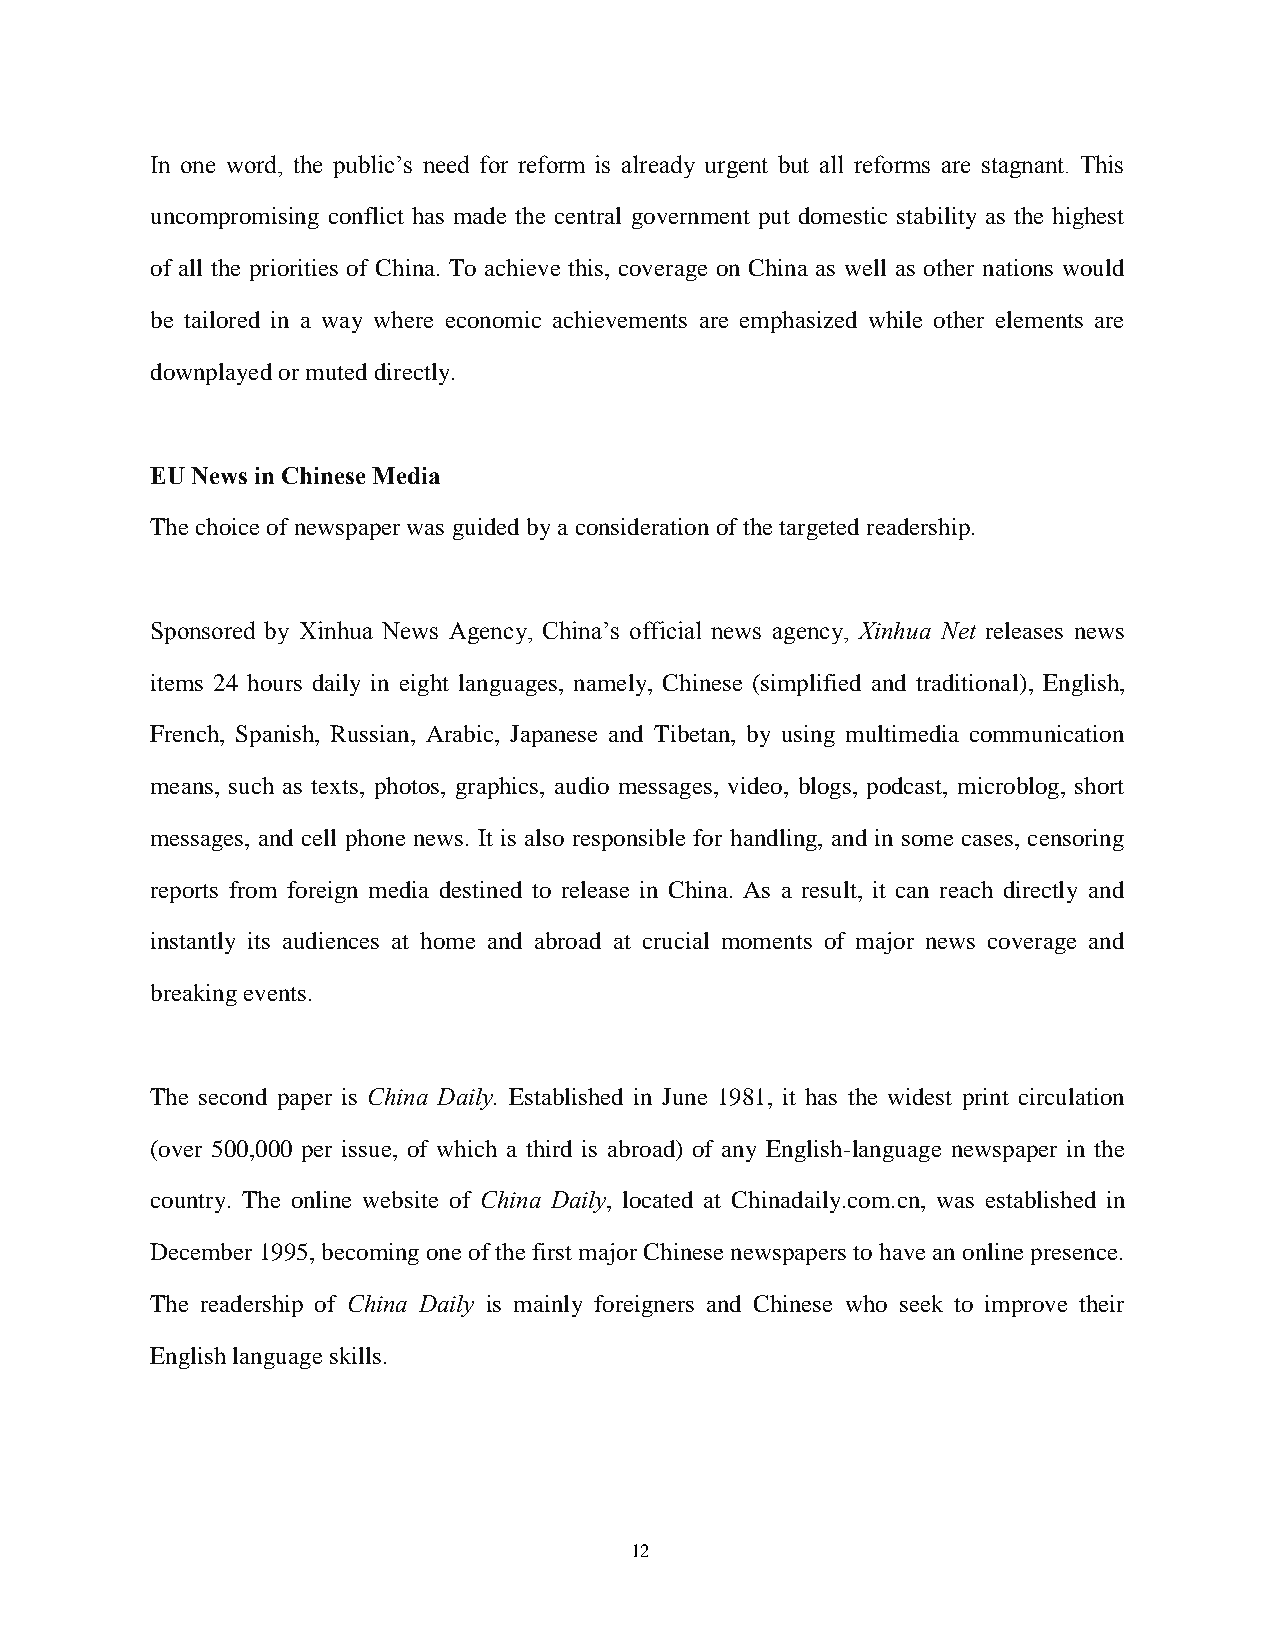
In one word, the public’s need for reform is already urgent but all reforms are stagnant. This
 uncompromising conflict has made the central government put domestic stability as the highest
 of all the priorities of China. To achieve this, coverage on China as well as other nations would
 be tailored in a way where economic achievements are emphasized while other elements are
 downplayed or muted directly.
 EU News in Chinese Media
 The choice of newspaper was guided by a consideration of the targeted readership.
 Sponsored by Xinhua News Agency, China’s official news agency, Xinhua Net releases news
 items 24 hours daily in eight languages, namely, Chinese (simplified and traditional), English,
 French, Spanish, Russian, Arabic, Japanese and Tibetan, by using multimedia communication
 means, such as texts, photos, graphics, audio messages, video, blogs, podcast, microblog, short
 messages, and cell phone news. It is also responsible for handling, and in some cases, censoring
 reports from foreign media destined to release in China. As a result, it can reach directly and
 instantly its audiences at home and abroad at crucial moments of major news coverage and
 breaking events.
 The second paper is China Daily. Established in June 1981, it has the widest print circulation
 (over 500,000 per issue, of which a third is abroad) of any English-language newspaper in the
 country. The online website of China Daily, located at Chinadaily.com.cn, was established in
 December 1995, becoming one of the first major Chinese newspapers to have an online presence.
 The readership of China Daily is mainly foreigners and Chinese who seek to improve their
 English language skills.
 12